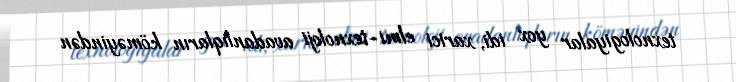
texnologiyalar yox idi, xarici elmi-texnoloji avadanlıqların köməyindən